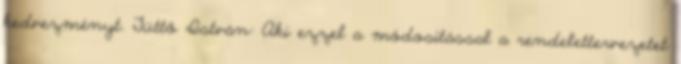
kedvezményt. Tüttő István: Aki ezzel a módosítással a rendelettervezetet